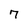
Character: 7